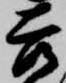
吉